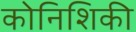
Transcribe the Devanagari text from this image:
कोनिशिकी